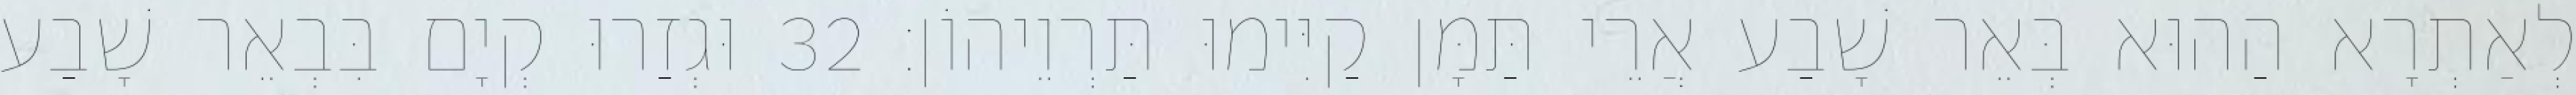
לְאַתְרָא הַהוּא בְּאֵר שָׁבַע אֲרֵי תַּמָּן קַיִּימוּ תַּרְוֵיהוֹן׃ 32 וּגְזַרוּ קְיָם בִּבְאֵר שָׁבַע